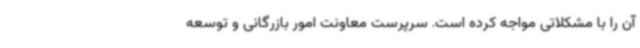
آن را با مشکلاتی مواجه کرده است. سرپرست معاونت امور بازرگانی و توسعه